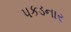
પકડનાર